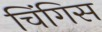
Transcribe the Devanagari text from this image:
चिंगिस